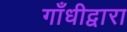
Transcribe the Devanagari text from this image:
गाँधीद्वारा